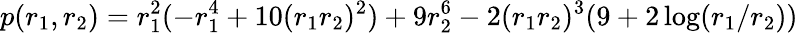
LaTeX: p(r_{1},r_{2})=r_{1}^{2}(-r_{1}^{4}+10(r_{1}r_{2})^{2})+9r_{2}^{6}-2(r_{1}r_{2})^{3}(9+2\log(r_{1}/r_{2}))